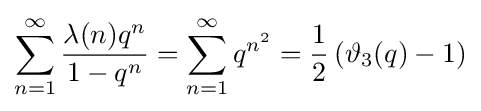
\sum _{n=1}^{\infty }{\frac {\lambda (n)q^{n}}{1-q^{n}}}=\sum _{n=1}^{\infty }q^{n^{2}}={\frac {1}{2}}\left(\vartheta _{3}(q)-1\right)